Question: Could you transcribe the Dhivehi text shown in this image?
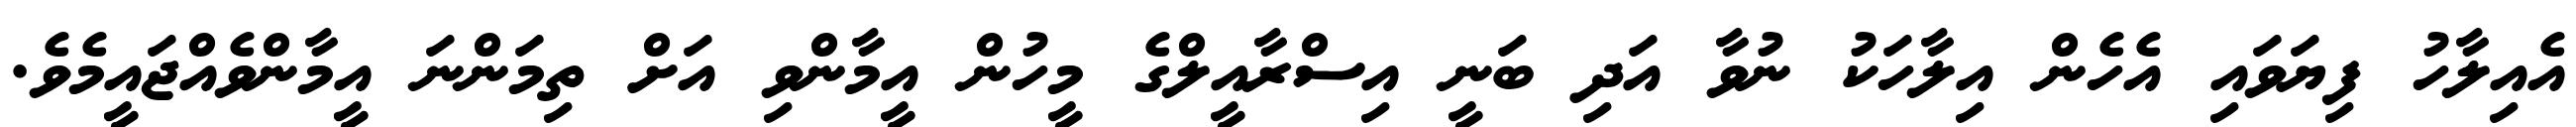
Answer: އެއިލާހު ފިޔަވައި އެހެން އިލާހަކު ނުވާ އަދި ބަނީ އިސްރާއީލްގެ މީހުން އީމާންވި އަށް ތިމަންނަ އީމާންވެއްޖައީމެވެ.